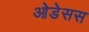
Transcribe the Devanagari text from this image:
ओडेसस